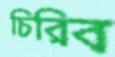
চিরিব